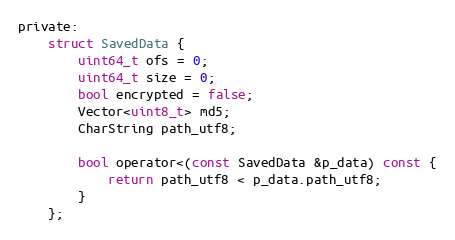
Language: C
private:
	struct SavedData {
		uint64_t ofs = 0;
		uint64_t size = 0;
		bool encrypted = false;
		Vector<uint8_t> md5;
		CharString path_utf8;

		bool operator<(const SavedData &p_data) const {
			return path_utf8 < p_data.path_utf8;
		}
	};